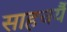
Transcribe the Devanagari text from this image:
साहचर्यै